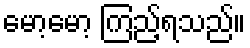
မော့မော့ ကြည့်ရသည်။